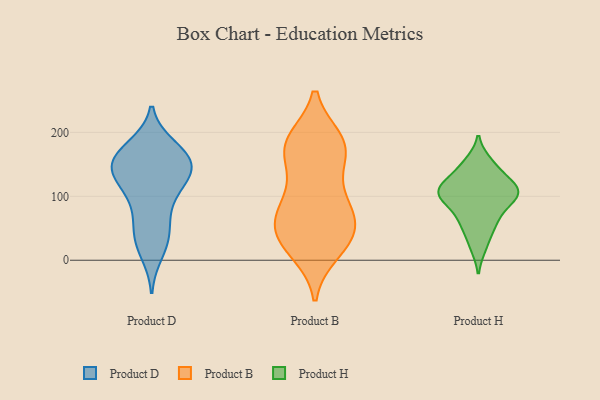
{"axis": {"x": "LTV (USD)", "y": "Value"}, "legend": ["Product B", "Product D", "Product H"], "data": [{"x": "", "y": 177, "type": "Product D"}, {"x": "", "y": 119, "type": "Product D"}, {"x": "", "y": 49, "type": "Product D"}, {"x": "", "y": 143, "type": "Product D"}, {"x": "", "y": 150, "type": "Product D"}, {"x": "", "y": 137, "type": "Product D"}, {"x": "", "y": 171, "type": "Product D"}, {"x": "", "y": 157, "type": "Product D"}, {"x": "", "y": 118, "type": "Product D"}, {"x": "", "y": 87, "type": "Product D"}, {"x": "", "y": 142, "type": "Product D"}, {"x": "", "y": 30, "type": "Product D"}, {"x": "", "y": 162, "type": "Product D"}, {"x": "", "y": 76, "type": "Product D"}, {"x": "", "y": 12, "type": "Product D"}, {"x": "", "y": 168, "type": "Product D"}, {"x": "", "y": 128, "type": "Product D"}, {"x": "", "y": 35, "type": "Product D"}, {"x": "", "y": 16, "type": "Product B"}, {"x": "", "y": 152, "type": "Product B"}, {"x": "", "y": 59, "type": "Product B"}, {"x": "", "y": 179, "type": "Product B"}, {"x": "", "y": 41, "type": "Product B"}, {"x": "", "y": 111, "type": "Product B"}, {"x": "", "y": 49, "type": "Product B"}, {"x": "", "y": 183, "type": "Product B"}, {"x": "", "y": 28, "type": "Product B"}, {"x": "", "y": 68, "type": "Product B"}, {"x": "", "y": 188, "type": "Product B"}, {"x": "", "y": 92, "type": "Product B"}, {"x": "", "y": 39, "type": "Product B"}, {"x": "", "y": 188, "type": "Product B"}, {"x": "", "y": 159, "type": "Product B"}, {"x": "", "y": 13, "type": "Product B"}, {"x": "", "y": 89, "type": "Product B"}, {"x": "", "y": 72, "type": "Product B"}, {"x": "", "y": 182, "type": "Product B"}, {"x": "", "y": 21, "type": "Product H"}, {"x": "", "y": 59, "type": "Product H"}, {"x": "", "y": 145, "type": "Product H"}, {"x": "", "y": 108, "type": "Product H"}, {"x": "", "y": 79, "type": "Product H"}, {"x": "", "y": 116, "type": "Product H"}, {"x": "", "y": 104, "type": "Product H"}, {"x": "", "y": 153, "type": "Product H"}, {"x": "", "y": 103, "type": "Product H"}, {"x": "", "y": 51, "type": "Product H"}, {"x": "", "y": 90, "type": "Product H"}, {"x": "", "y": 124, "type": "Product H"}, {"x": "", "y": 109, "type": "Product H"}]}